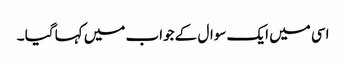
اسی میں ایک سوال کے جواب میں کہا گیا ۔